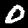
Digit: 0